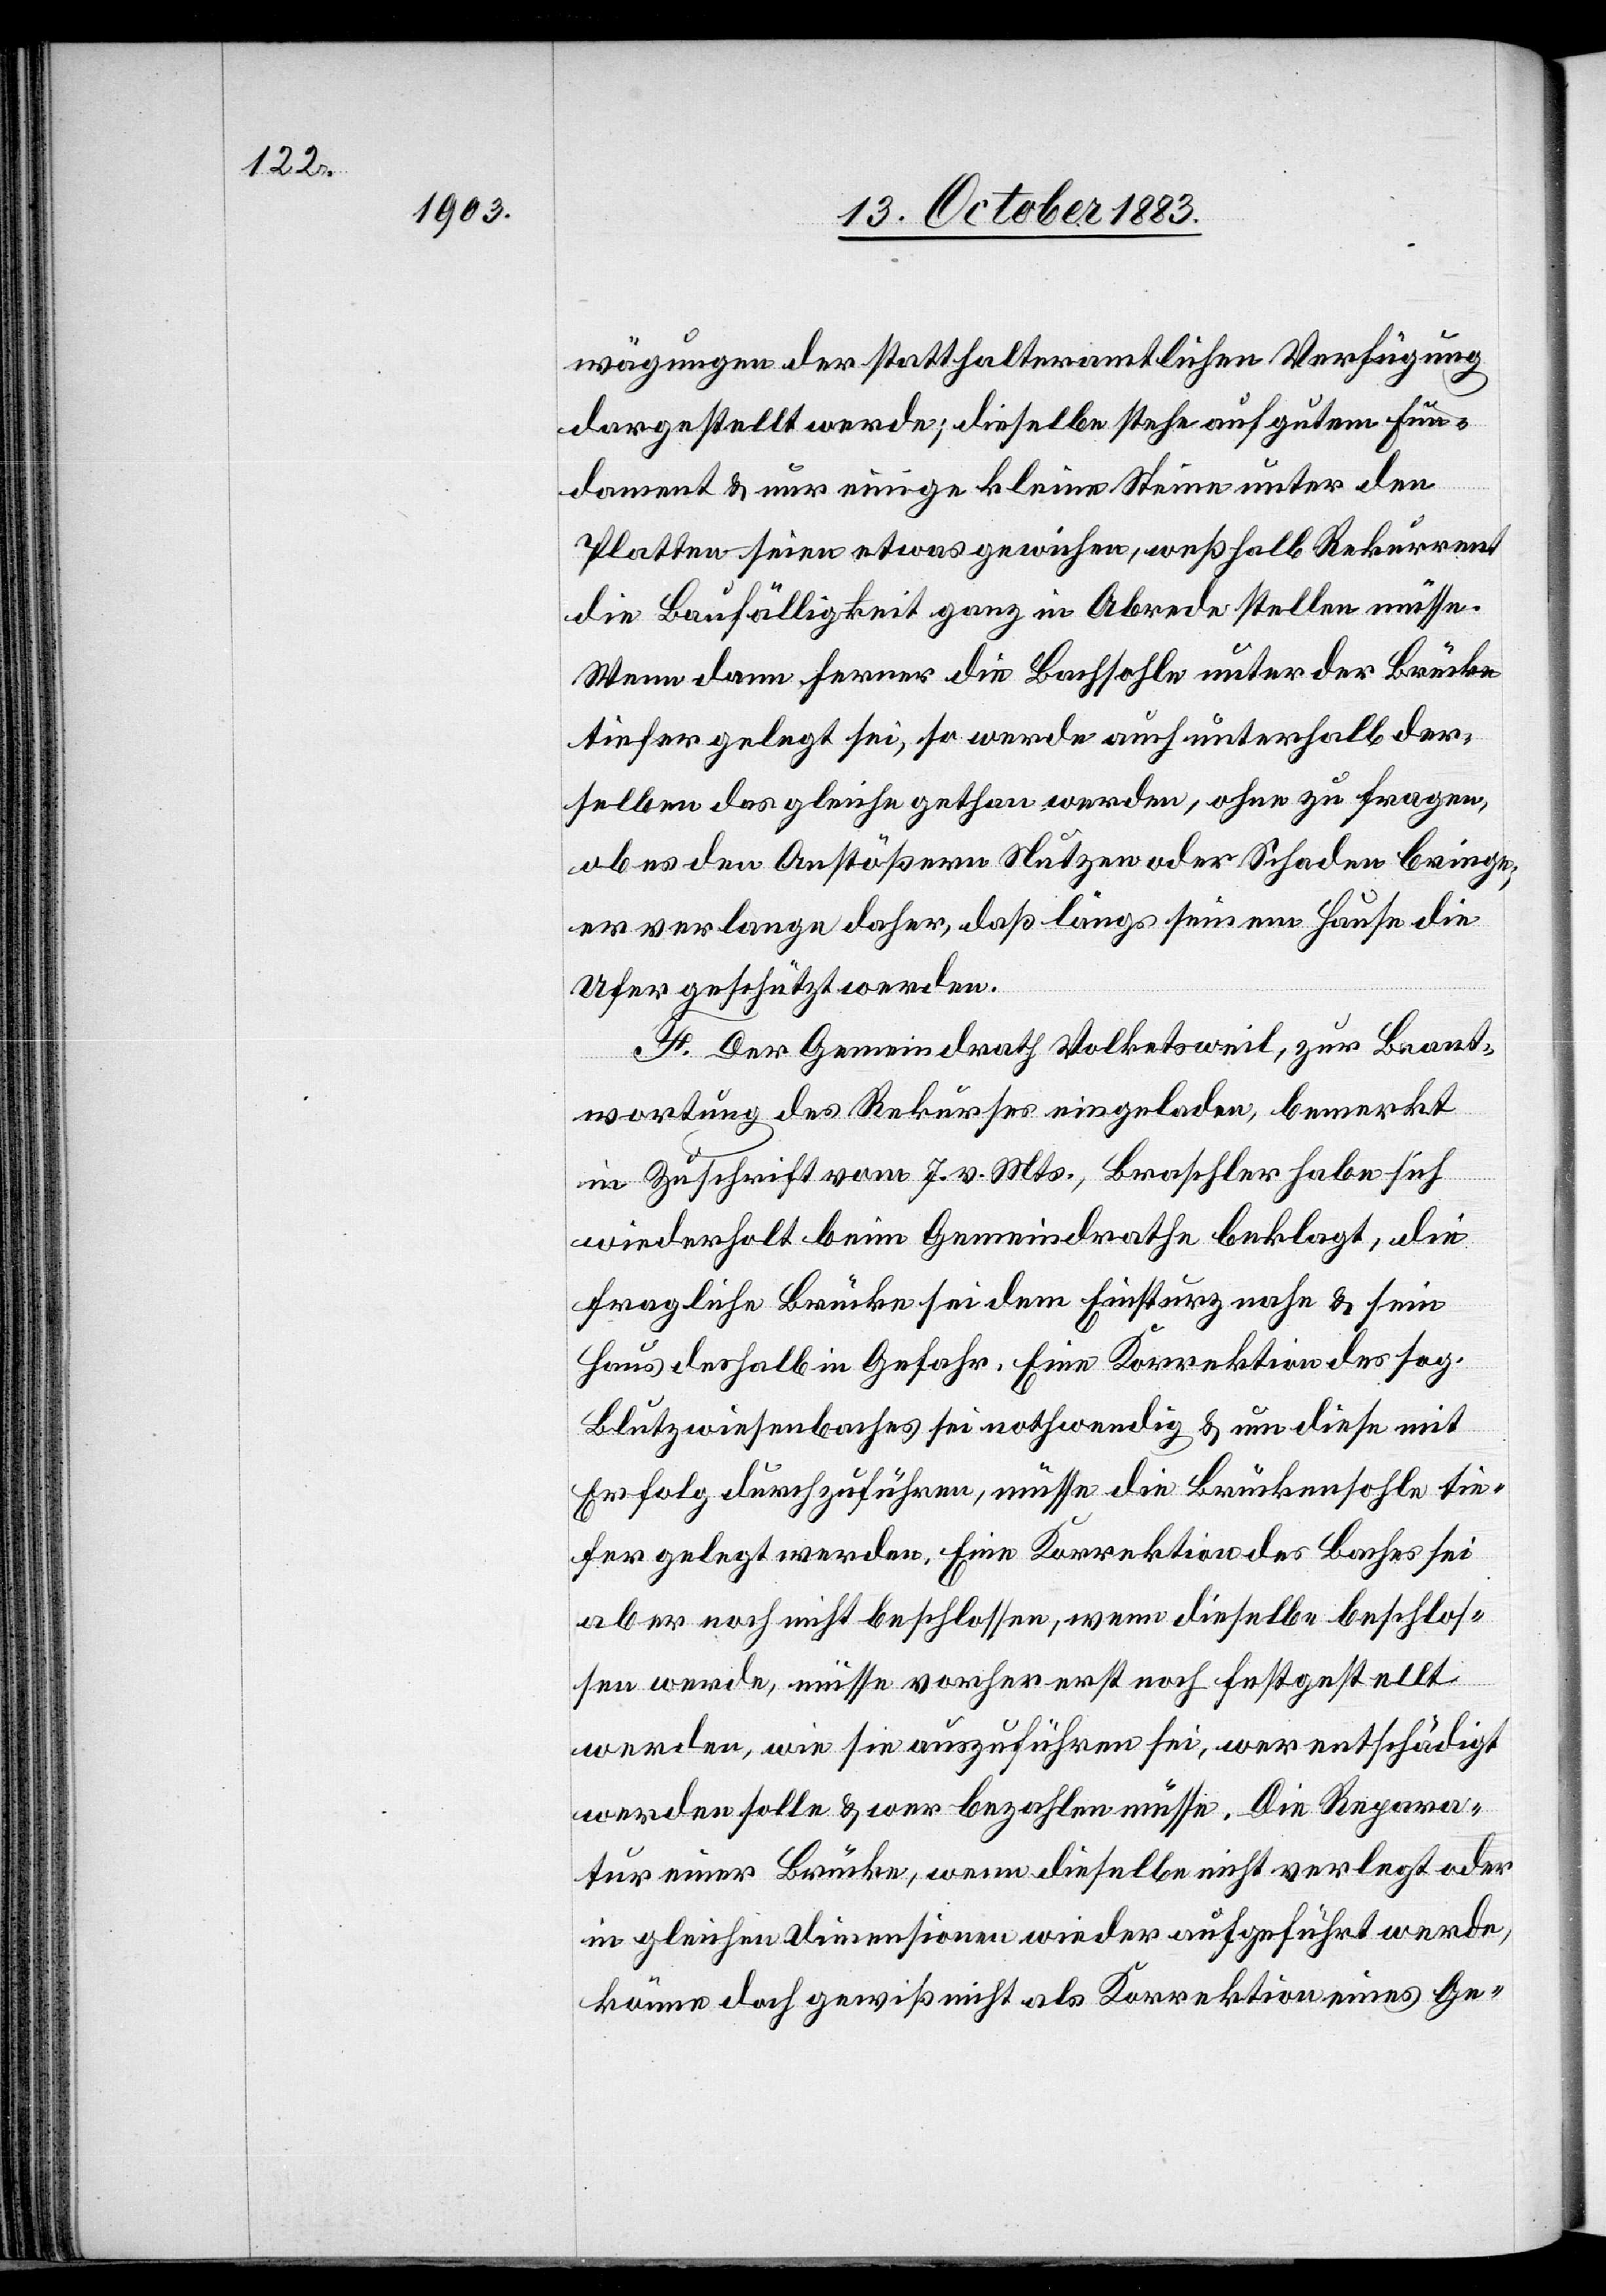
wägungen der statthalteramtlichen Verfügung
dargestellt werde; dieselbe stehe auf gutem Fun¬
dament & nur einige kleine Steine unter den
Platten seien etwas gewichen, weßhalb Rekurrent
die Baufälligkeit ganz in Abrede stellen müsse.
Wenn dann ferner die Bachsohle unter der Brücke
tiefer gelegt sei, so werde auch unterhalb der¬
selben das gleiche gethan werden, ohne zu fragen,
ob es den Anstößern Nutzen oder Schaden bringe;
er verlange daher, daß längs seinem Hause die
Ufer geschützt werden.
F. Der Gemeindrath Volketsweil, zur Beant¬
wortung des Rekurses eingeladen, bemerkt
in Zuschrift vom 7. v. Mts., Braschler habe sich
wiederholt beim Gemeindrathe beklagt, die
fragliche Brücke sie dem Einsturz nahe & sein
Haus deshalb in Gefahr. Eine Korrektion des sog.
Blutzwiesenbaches sei nothwendig & um diese mit
Erfolg durchzuführen, müsse die Brückensohle tie¬
fer gelegt werden. Eine Korrektion des Baches sei
aber noch nicht beschlossen, wenn dieselbe beschlos¬
sen werde, müsse vorher erst noch festgestellt
werden, wie sie anzuführen sei, wer entschädigt
werden solle & wer bezahlen müsse. Die Repara¬
tur einer Brücke, wenn dieselbe nicht verlegt oder
in gleichen Dimensionen wieder aufgeführt werde,
könne doch gewiß nicht als Korrektion eines Ge-